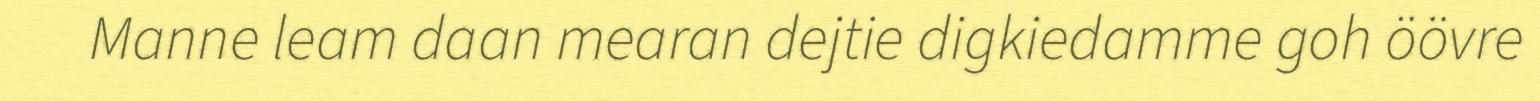
Manne leam daan mearan dejtie digkiedamme goh öövre